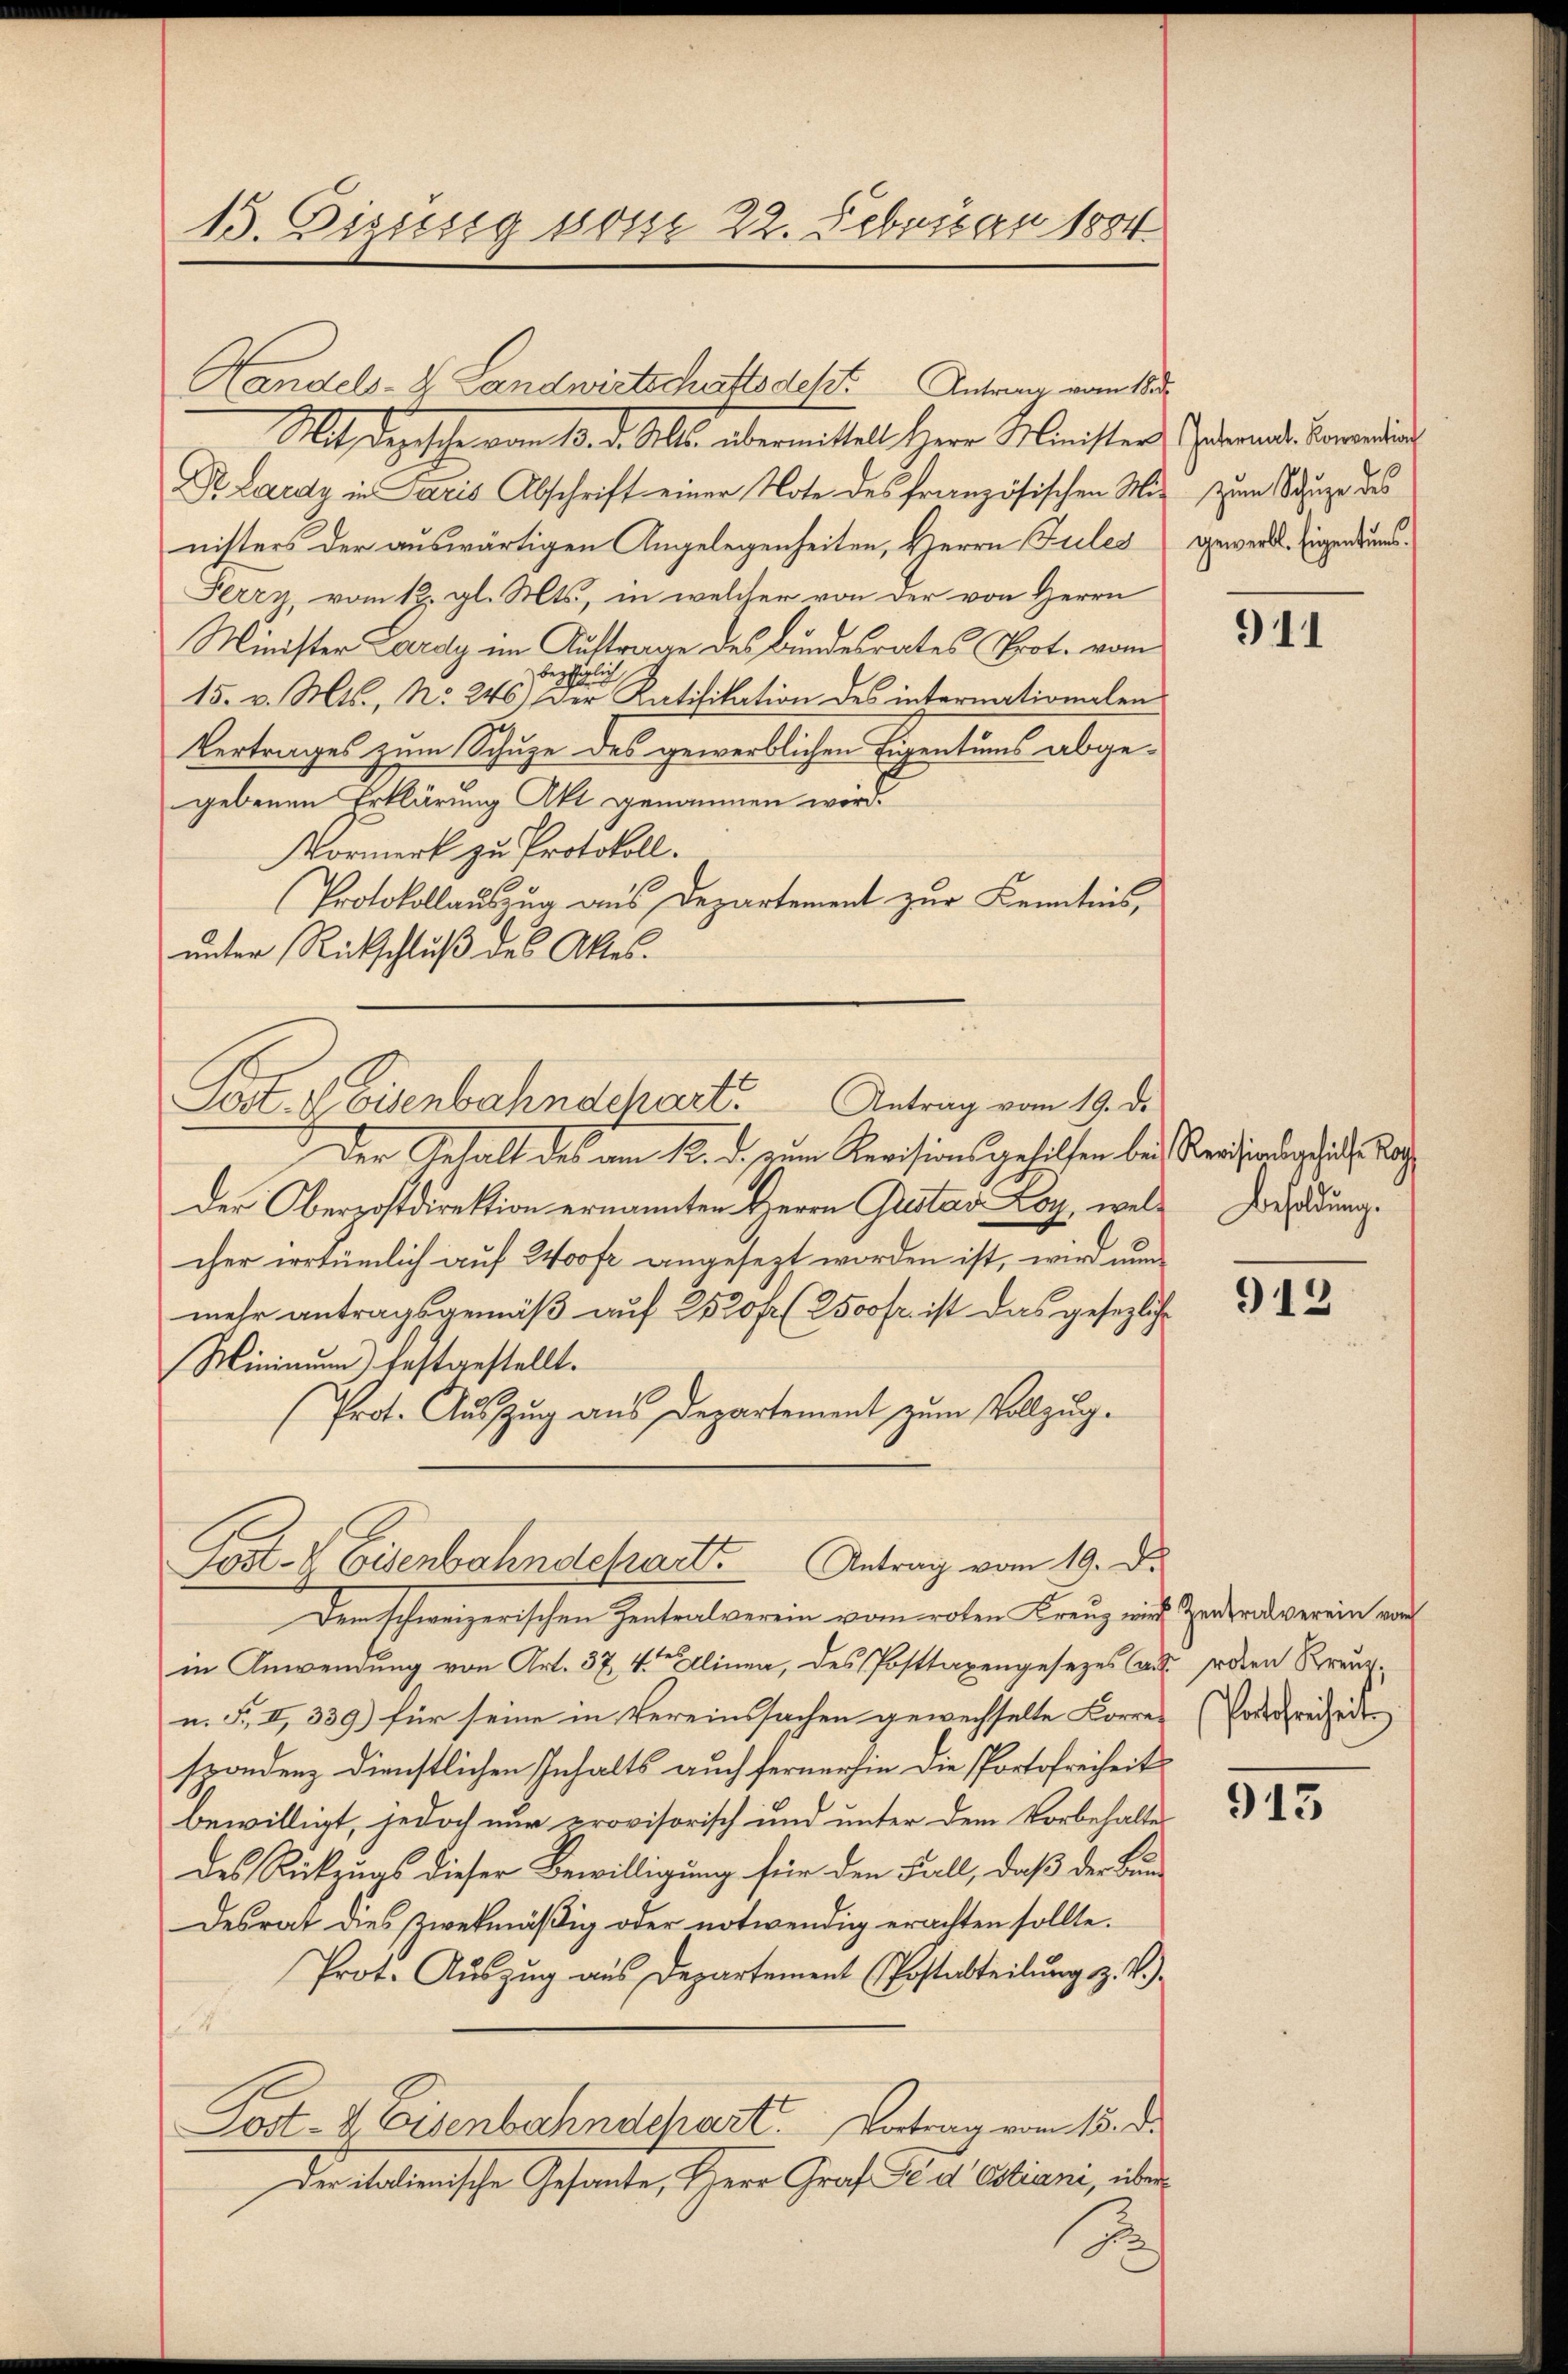
15. Dissesig vom 22. Februar 1804.

Mit desgesche von 10. d. Also übermittel Herr Meister, Indemand verwendun
Dr. Lardy in Paris Abschrift einer Note des französischen Mit zum Schuze des
nisters der auswärtigen Angelegenheiten, Herrn Jules
Ferry, vom 12. gl. Mts., in welcher von der von Herrn
Minister Lardy im Auftrage des Bundesrates Prot. vom
bes
15. v. Mts., No. 246.) Der Ratifikation des internationalen
Vertrages zum Schuze des gewerblichen Eigentums abgegebenen Erklärung Akt genommen wird.
Vormerk zu Protokoll.
Protokollauszug aus Departement zur Kenntnis,
unter Rückschluß des Aktes.
Der Gehalt des am 12. d. zum Revisionsgehilfen bei Regierungsrath, Ba
Der Oberrostdirektion ernannten Herrn Gustav Loy, wele Besoldung.
cher irrtümlich auf Woofe angesezt worden ist, wird nun
mehr antragsgemäß auf 2520 fr 2500 fr. ist das gesezliche
Minimum) festgestellt.
Prot. Aŭszŭg aŭs Departement zŭm Vollzŭg.
Lost- V Eisenbahndeparte Antrag vom 19. D.
Dem schweizerischen Zentralverein vom roten Kreuz wird Zenderalverein vom
in Anwendung von Art. 37, 4ten Alinea, des Posttaxengesezes aus den Kreuz.
n. F. II., 339) für seine in Vereinssachen gewechselte Korrer (Podesfreiheit
spondenz dienstlichen Inhalts auch fernerhin die Portofreiheit
bewilligt, jedoch nur provisorisch und unter dem Vorbehaltes
des Rückzugs dieser Bewilligung für den Fall, daß der Bun-
Desrat dies zwekmäßig oder notwendig erachten sollte.
Prot. Auszug aus Departement (Postabteilŭng z. B.)

Post- & Eisenbahndchart. Vortrag vom 15. d.
Der italienische Gesante, Herr Graf Fr. destiani, über

Sost. I Eisenbahndchart. Antrag vom 19. de

Handels- & Landwirtschaftsdest. Antrag vom 18ten

.

gewerbl. Eigentums.

941

912

913